Lunatic asylums Madras 1892-1911 - 1892-1911
Year: 1892
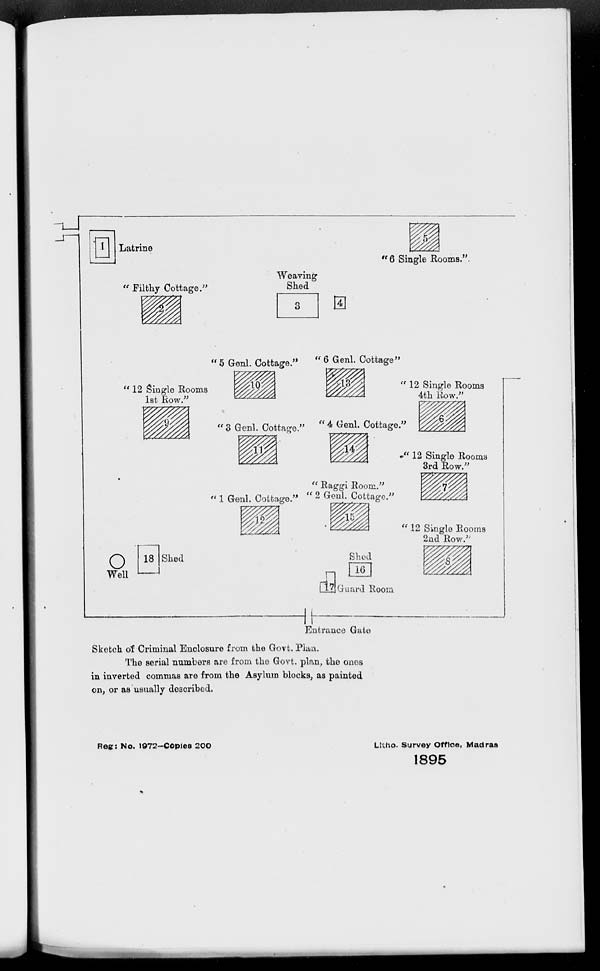
Sketch of Criminal Enclosure from the Govt. Plan.
The serial numbers are from the Govt. plan, the ones
in inverted commas are from the Asylum blocks, as painted
on, or as usually described.
Reg: No. 1972-Copies 200
Litho. Survey Office, Madras
1895